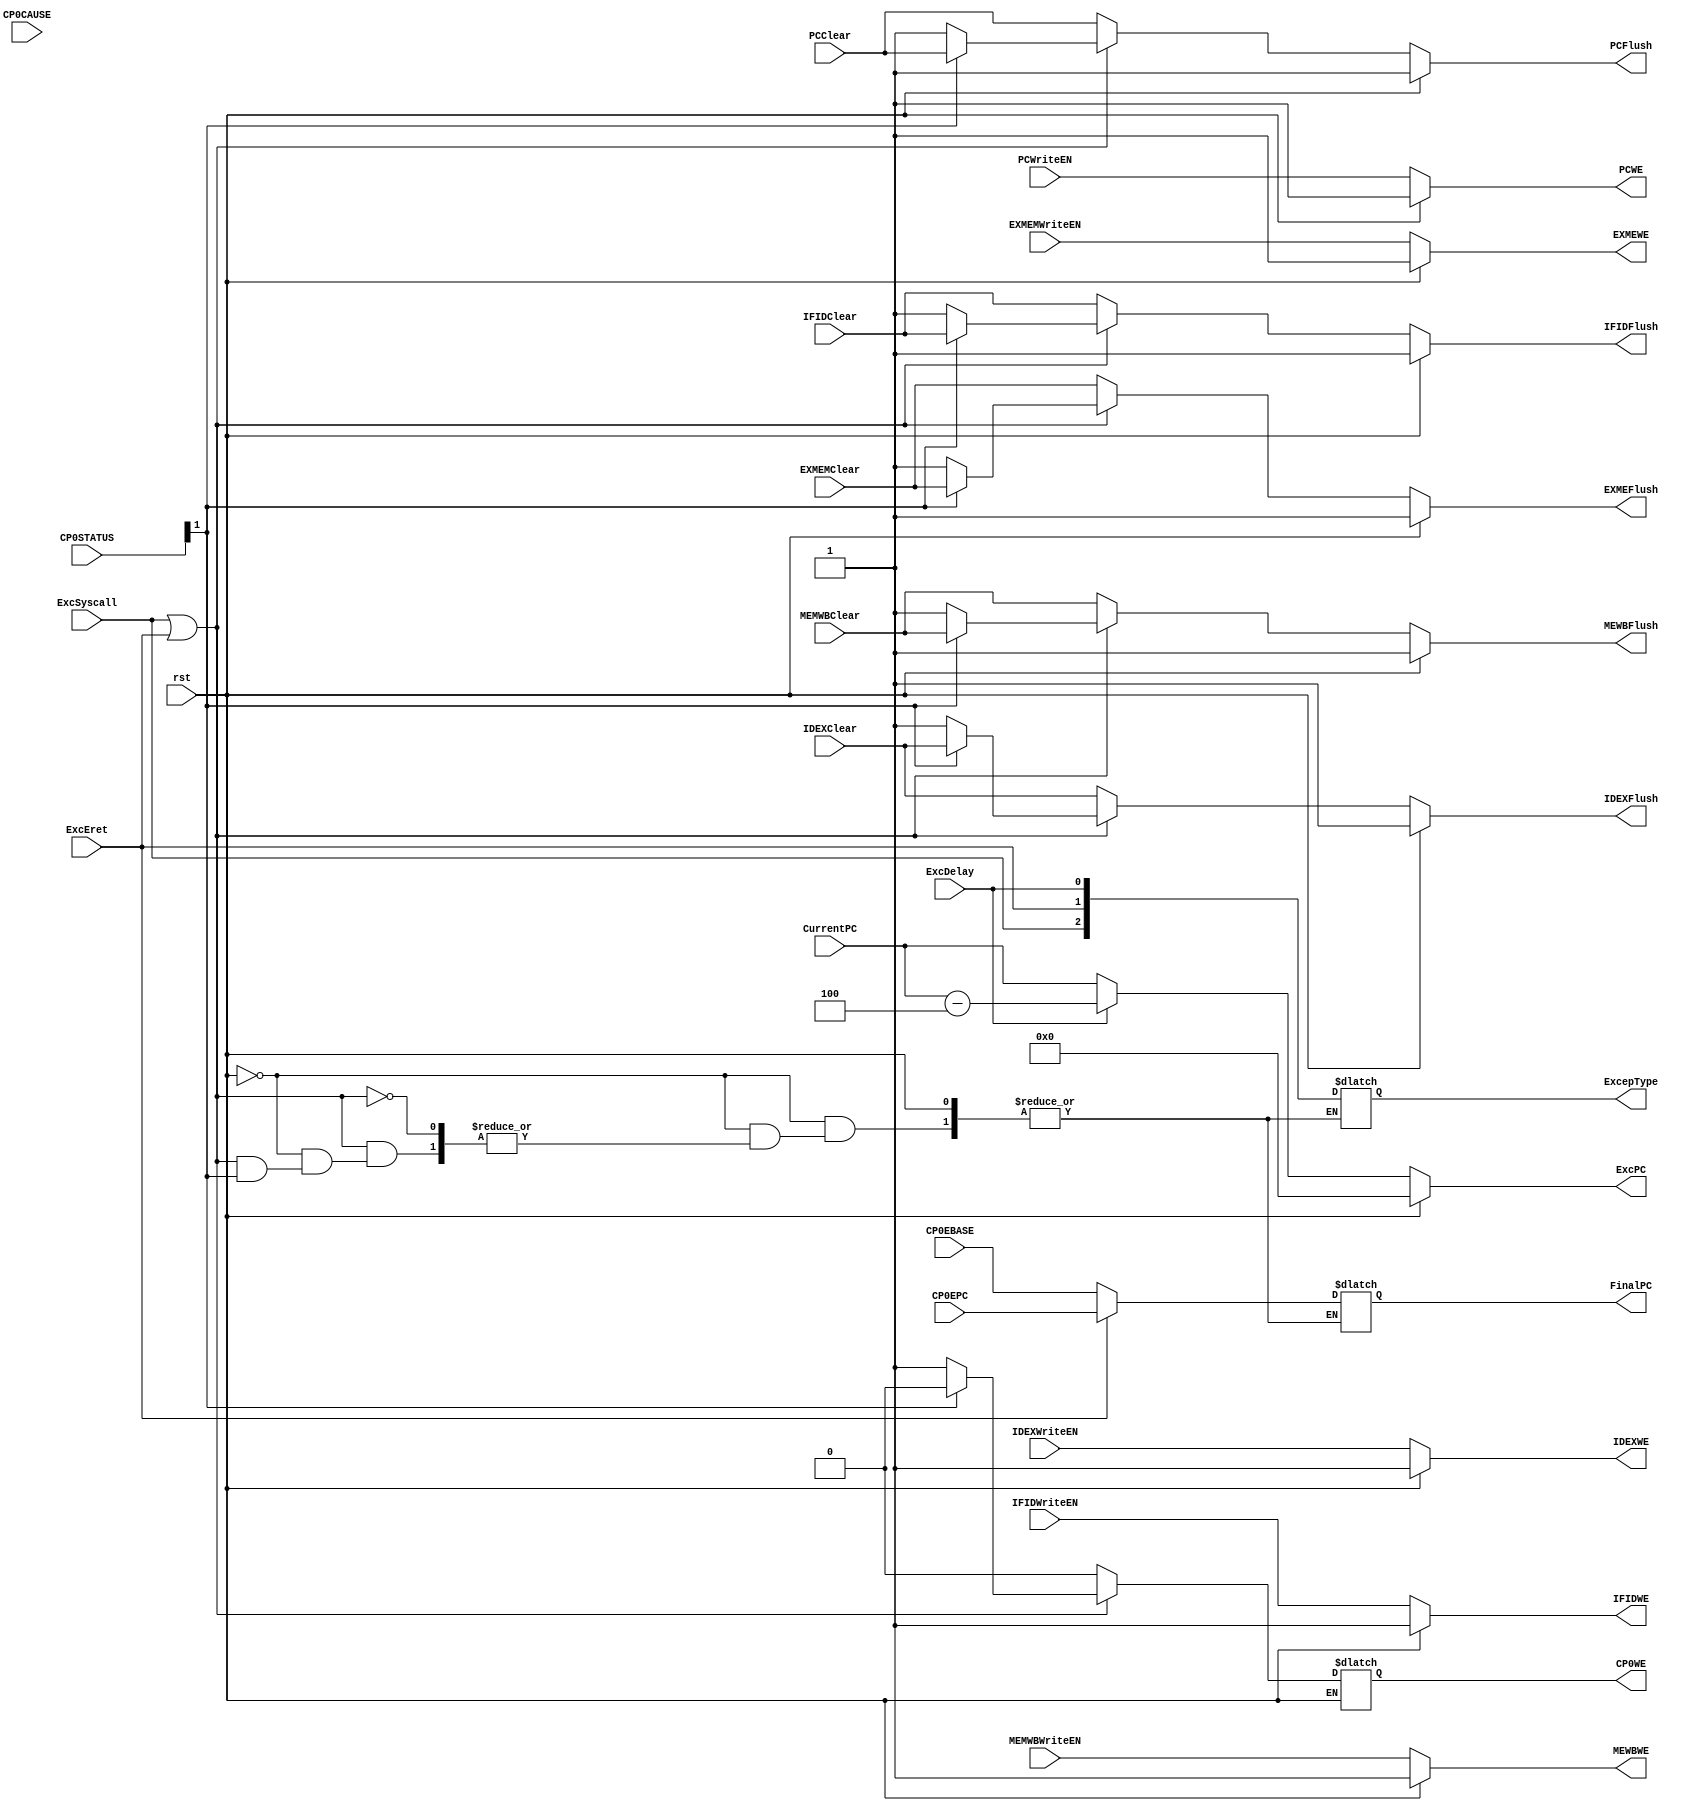
`timescale 1ns / 1ps

module Ctrl(
	input wire rst,
	input wire[31:0] CurrentPC,

	// Stall Control
	input wire PCWriteEN,
    input wire PCClear,
    input wire IFIDWriteEN,
    input wire IFIDClear,
    input wire IDEXWriteEN,
    input wire IDEXClear,
    input wire EXMEMWriteEN,
    input wire EXMEMClear,
    input wire MEMWBWriteEN,
    input wire MEMWBClear,

	// Exc Types
	input wire ExcSyscall,
	input wire ExcEret,
	input wire ExcDelay,

	// CP0 Contents
	input wire[31:0] CP0EBASE,
	input wire[31:0] CP0STATUS,
	input wire[31:0] CP0CAUSE,
	input wire[31:0] CP0EPC,

	// Exception PC
	output reg[31:0] ExcPC,
	// generate new pc
	output reg[31:0] FinalPC,
	// output reg flush,	
	output reg PCFlush,
	output reg IFIDFlush,
	output reg IDEXFlush,
	output reg EXMEFlush,
	output reg MEWBFlush,
	// output reg we
	output reg PCWE,
	output reg IFIDWE,
	output reg IDEXWE,
	output reg EXMEWE,
	output reg MEWBWE,

	output reg CP0WE,
	output reg[2:0] ExcepType
);

wire[31:0] pc;
// in this module, we decide whether to change cp0:
// if an exception already happens, neglect everything
// else, pass the exception information to cp0

// delayslot or not
assign pc = ExcDelay ? CurrentPC - 4:CurrentPC;



// five registers
// ebase,

// status,
// status[12]: IM4 : 1 = not masking syscall
// status[1]: Exception level. 1 = exception happens
// status[0]: interrupt enable. 1 = enables syscall

// cause
// cause[31]: BD: DelaySlot
// cause[12]: IP4: if interrupt happens
// cause[6:2]: ExcCode: indicates the kind of exception
// 00000: Int Interruption
// 01000: Sys Syscall

// epc

always @ (*) begin
	if(rst == 1'b1) begin
		PCFlush <= 1;
		IFIDFlush <= 1;
		IDEXFlush <= 1;
		EXMEFlush <= 1;
		MEWBFlush <= 1;
		PCWE <= 1;
        IFIDWE <= 1;
        IDEXWE <= 1;
        EXMEWE <= 1;
        MEWBWE <= 1;
		ExcPC <= 32'b0;
	end
	else begin
        // stall control
        PCFlush = PCClear;
        IFIDFlush = IFIDClear;
        IDEXFlush = IDEXClear;
        EXMEFlush = EXMEMClear;
        MEWBFlush = MEMWBClear;
        PCWE = PCWriteEN;
        IFIDWE = IFIDWriteEN;
        IDEXWE = IDEXWriteEN;
        EXMEWE = EXMEMWriteEN;
        MEWBWE = MEMWBWriteEN;
        CP0WE = 0;
        // where inst is wrong
        ExcPC = pc;
        // discover an interrupt
        if (ExcSyscall == 1 || ExcEret == 1) begin
        	// handle it
        	if(CP0STATUS[1] == 0) begin
        		CP0WE = 1;
        		ExcepType = {ExcSyscall, ExcEret, ExcDelay};
        		PCFlush = 1;
		        IFIDFlush = 1;
		        IDEXFlush = 1;
		        EXMEFlush = 1;
		        MEWBFlush = 1;
		        if (ExcEret == 1) begin
		        	FinalPC = CP0EPC;
		        end
		        else begin
		        	FinalPC = CP0EBASE;
		        end
        	end
        end
	end
end

endmodule